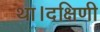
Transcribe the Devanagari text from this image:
था।दक्षिणी